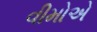
વીમોએ